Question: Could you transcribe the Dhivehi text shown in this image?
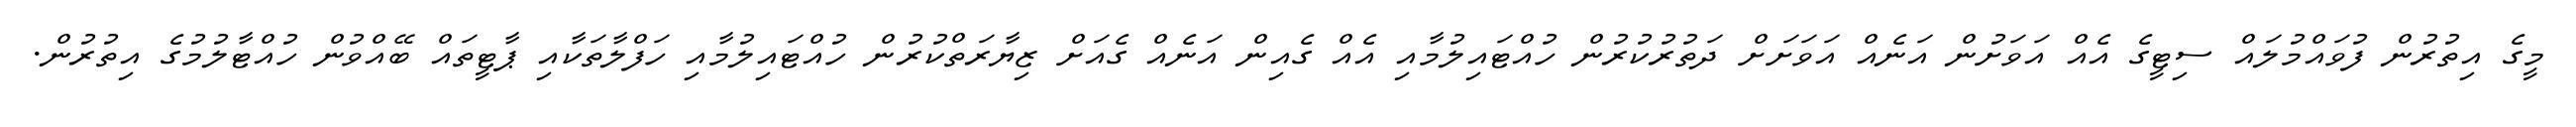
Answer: މީގެ އިތުރުން ފުވައްމުލައް ސިޓީގެ އެއް އަވަށުން އަނެއް އަވަށަށް ދަތުރުކުރުން ހުއްޓައިލުމާއި އެއް ގެއިން އަނެއް ގެއަށް ޒިޔާރަތްކުރުން ހުއްޓައިލުމާއި ހަފްލާތަކާއި ޕާޓީތައް ބޭއްވުން ހުއްޓާލުމުގެ އިތުރުން.